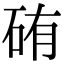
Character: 𥑿